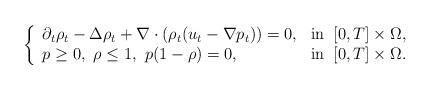
LaTeX: \begin{align*}\left\{\begin{array}{ll}\partial_t\rho_t-\Delta\rho_t+\nabla\cdot\left(\rho_t(u_t-\nabla p_t)\right)=0, &{\rm{in}}\;\;[0,T]\times\Omega,\\p\ge0,\ \rho\leq 1, \ p(1-\rho)=0,&{\rm{in}}\;\;[0,T]\times\Omega.\end{array}\right.\end{align*}